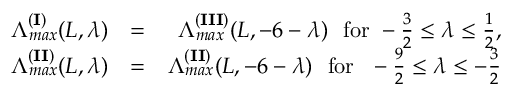
\begin{array} { r l r } { \Lambda _ { m a x } ^ { ( { \bf { I } } ) } ( L , \lambda ) } & { = } & { \Lambda _ { m a x } ^ { ( { \bf { I I I } } ) } ( L , - 6 - \lambda ) ~ ~ \mathrm { f o r } ~ - \frac { 3 } { 2 } \leq \lambda \leq \frac { 1 } { 2 } , } \\ { \Lambda _ { m a x } ^ { ( { \bf { I I } ) } } ( L , \lambda ) } & { = } & { \Lambda _ { m a x } ^ { ( { \bf { I I } } ) } ( L , - 6 - \lambda ) ~ ~ \mathrm { f o r } ~ ~ - \frac { 9 } { 2 } \leq \lambda \leq - \frac { 3 } { 2 } } \end{array}